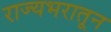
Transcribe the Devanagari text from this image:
राज्यभरातून